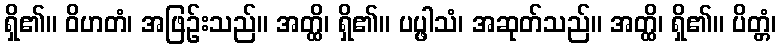
ရှိ၏။ ဝိဟတံ၊ အဖြဉ်းသည်။ အတ္ထိ၊ ရှိ၏။ ပပ္ဖါသံ၊ အဆုတ်သည်။ အတ္ထိ၊ ရှိ၏။ ပိတ္တံ၊